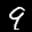
Label: 9